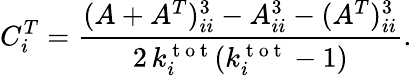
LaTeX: C_{i}^{T}=\frac{(A+A^{T})_{ii}^{3}-A_{ii}^{3}-(A^{T})_{ii}^{3}}{2\, k_{i}^{\mathrm{~t~o~t~}}(k_{i}^{\mathrm{~t~o~t~}}-1)}.